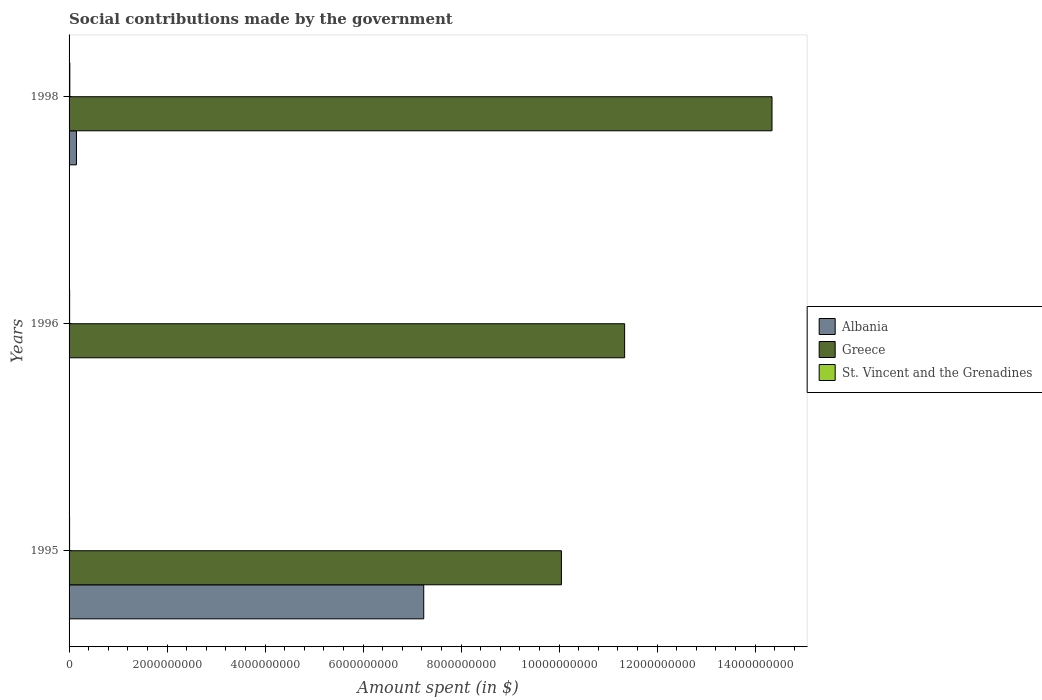
| Years | Albania | Greece | St. Vincent and the Grenadines |
 | --- | --- | --- | --- |
 | 1995 | 7.24e+09 | 1e+10 | 1.07e+07 |
 | 1996 | 2e+03 | 1.13e+10 | 1.16e+07 |
 | 1998 | 1.51e+08 | 1.43e+10 | 1.54e+07 |